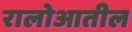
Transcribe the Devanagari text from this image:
रालोआतील